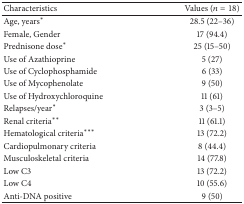
<table><thead><tr><td><b>Characteristics</b></td><td><b>Values (<i>n</i> = 18)</b></td></tr></thead><tbody><tr><td>Age, years*</td><td>28.5 (22–36)</td></tr><tr><td>Female, Gender</td><td>17 (94.4)</td></tr><tr><td>Prednisone dose*</td><td>25 (15–50)</td></tr><tr><td>Use of Azathioprine</td><td>5 (27)</td></tr><tr><td>Use of Cyclophosphamide</td><td>6 (33)</td></tr><tr><td>Use of Mycophenolate</td><td>9 (50)</td></tr><tr><td>Use of Hydroxychloroquine</td><td>11 (61)</td></tr><tr><td>Relapses/year*</td><td>3 (3–5)</td></tr><tr><td>Renal criteria**</td><td>11 (61.1)</td></tr><tr><td>Hematological criteria***</td><td>13 (72.2)</td></tr><tr><td>Cardiopulmonary criteria</td><td>8 (44.4)</td></tr><tr><td>Musculoskeletal criteria</td><td>14 (77.8)</td></tr><tr><td>Low C3</td><td>13 (72.2)</td></tr><tr><td>Low C4</td><td>10 (55.6)</td></tr><tr><td>Anti-DNA positive</td><td>9 (50)</td></tr></tbody></table>